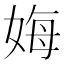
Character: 娒